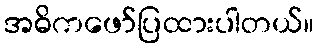
အဓိကဖော်ပြထားပါတယ်။